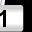
Digit: 1